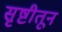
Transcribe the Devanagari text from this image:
सृष्टीतून